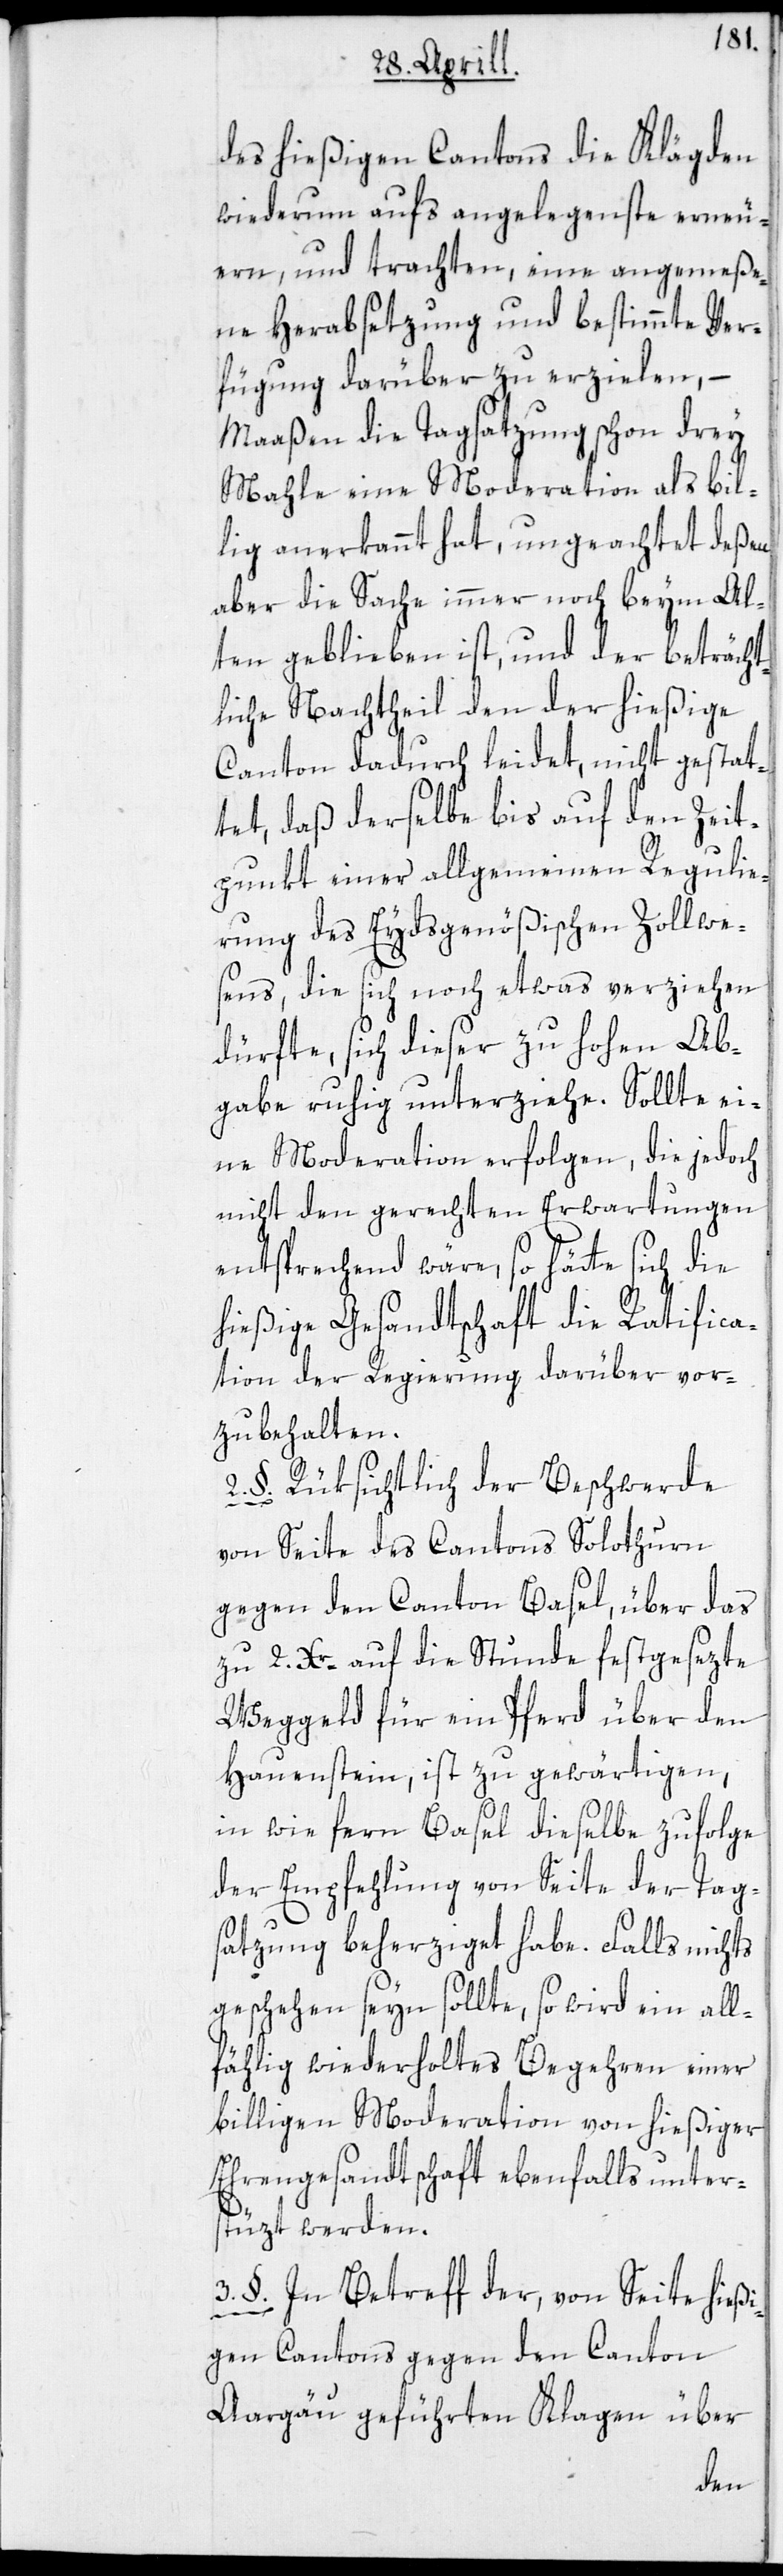
des hießigen Cantons die Klägden
wiederum aufs angelegenste erneu¬
ern, und trachten, eine angemeße¬
ne Herabsetzung und bestimmte Ver¬
fügung darüber zu erzielen, –
maaßen die Tagsatzung schon drey
Mahle eine Moderation als bil¬
lig anerkannt hat, ungeachtet deßen
aber die Sache immer noch beym Al¬
ten geblieben ist, und der beträcht¬
liche Nachtheil den der hießige
Canton dadurch leidet, nicht gestat¬
tet, daß derselbe bis auf den Zeit¬
punkt einer allgemeinen Regulie¬
rung des Eydsgenößischen Zollwe¬
sens, die sich noch etwas verziehen
dürfte, sich dieser zu hohen Ab¬
gabe ruhig unterziehe. Sollte ei¬
ne Moderation erfolgen, die jedoch
nicht den gerechten Erwartungen
entsprechend wäre, so hätte sich die
hießige Gesandtschaft die Ratifica¬
tion der Regierung darüber vor¬
zubehalten.
2. §. Rüksichtlich der Beschwerde
von Seite des Cantons Solothurn
gegen den Canton Basel, über das
zu 2 Xr auf die Stunde festgesezte
Weggeld für ein Pferd über den
Hauenstein, ist zu gewärtigen,
in wie fern Basel dieselbe zufolge
der Empfehlung von Seite der Tag¬
satzung beherziget habe. Falls nichts
geschehen seyn sollte, so wird ein all¬
fählig wiederholtes Begehren einer
billigen Moderation von hießiger
Ehrengesandtschaft ebenfalls unter¬
stüzt werden.
3. §. In Betreff der, von Seite hießi¬
gen Cantons gegen den Canton
Aargäu geführten Klagen über